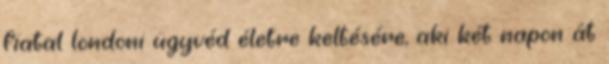
fiatal londoni ügyvéd életre keltésére, aki két napon át